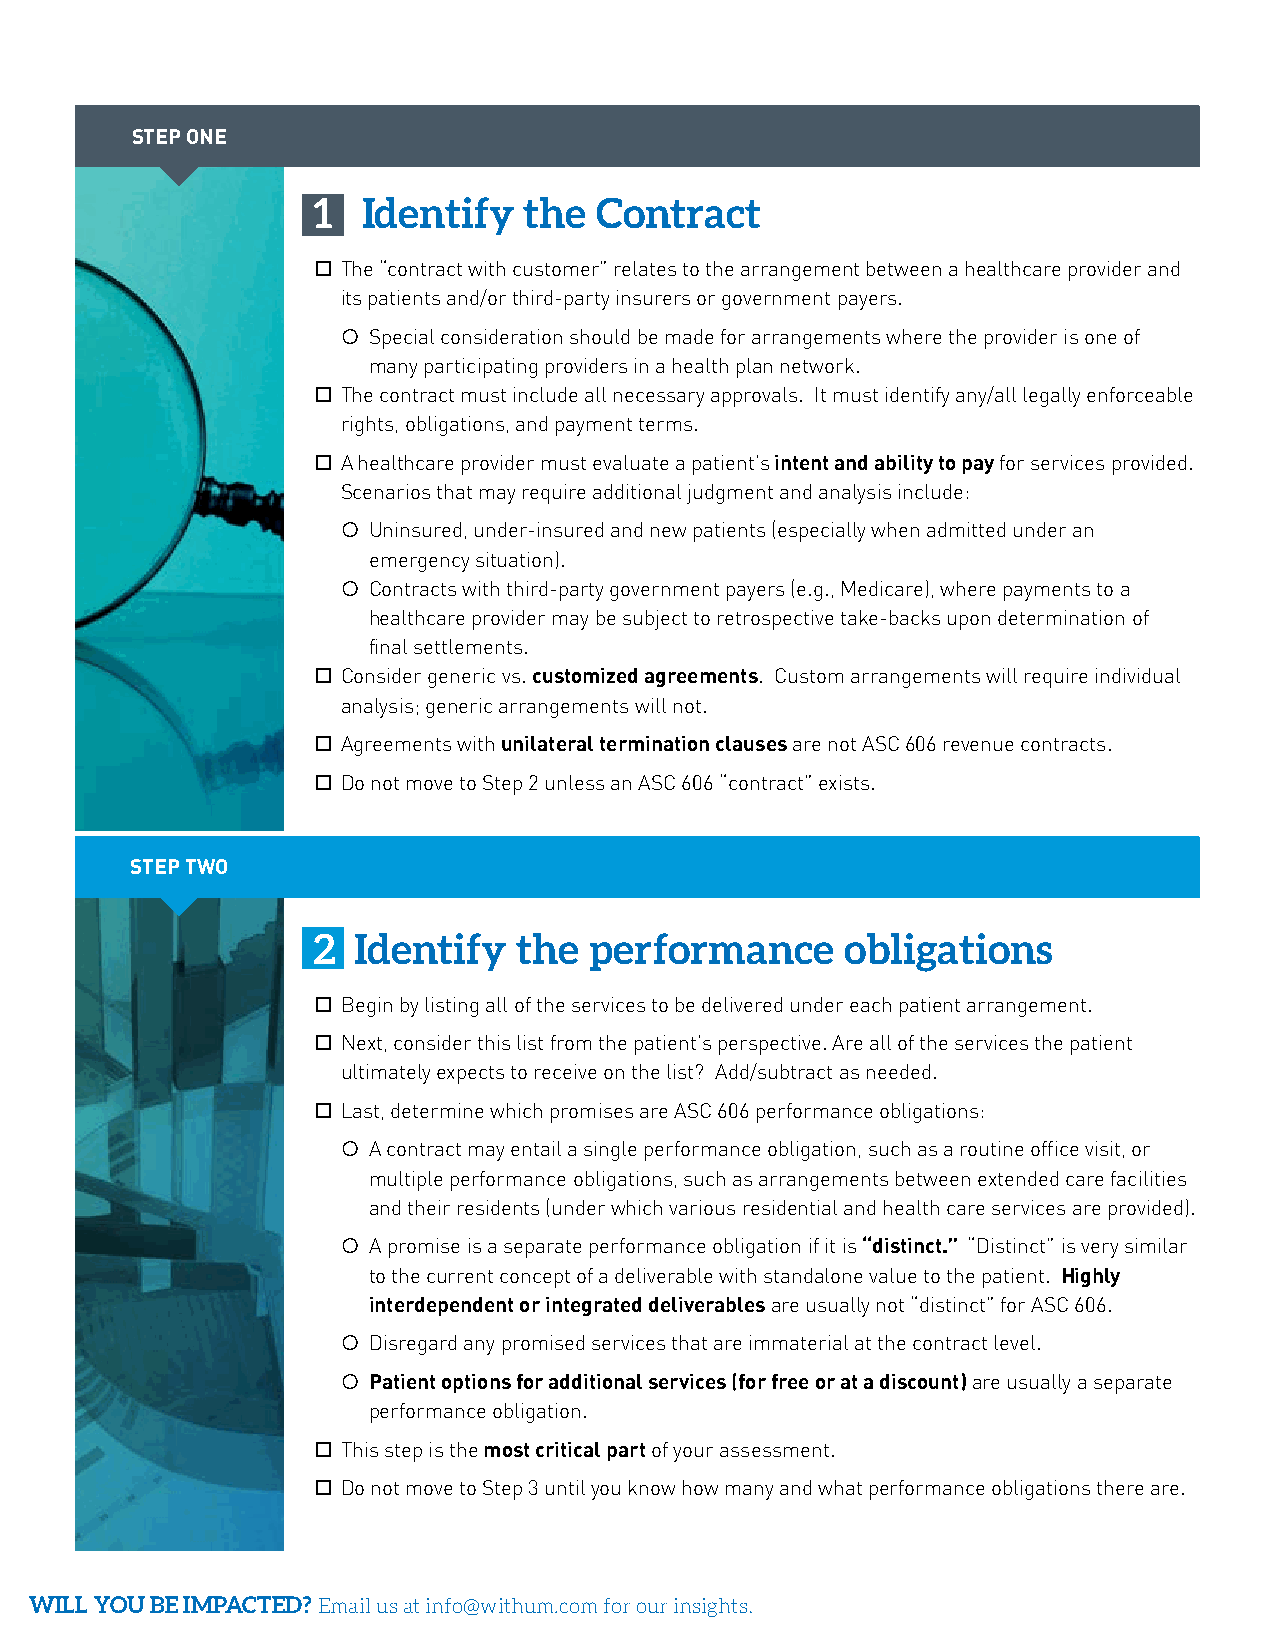
STEP ONE
 1  Identify   the  Contract
 □ The “contract with customer” relates to the arrangement between a healthcare provider and
 its patients and/or third-party insurers or government payers.
 ○ Special consideration should be made for arrangements where the provider is one of
 many participating providers in a health plan network.
 □ The contract must include all necessary approvals. It must identify any/all legally enforceable
 rights, obligations, and payment terms.
 □ A healthcare provider must evaluate a patient’s intent and ability to pay for services provided.
 Scenarios that may require additional judgment and analysis include:
 ○ Uninsured, under-insured and new patients (especially when admitted under an
 emergency situation).
 ○ Contracts with third-party government payers (e.g., Medicare), where payments to a
 healthcare provider may be subject to retrospective take-backs upon determination of
 final settlements.
 □ Consider generic vs. customized agreements. Custom arrangements will require individual
 analysis; generic arrangements will not.
 □ Agreements with unilateral termination clauses are not ASC 606 revenue contracts.
 □ Do not move to Step 2 unless an ASC 606 “contract” exists.
 STEP TWO
 2 Identify   the  performance      obligations
 □ Begin by listing all of the services to be delivered under each patient arrangement.
 □ Next, consider this list from the patient’s perspective. Are all of the services the patient
 ultimately expects to receive on the list? Add/subtract as needed.
 □ Last, determine which promises are ASC 606 performance obligations:
 ○ A contract may entail a single performance obligation, such as a routine office visit, or
 multiple performance obligations, such as arrangements between extended care facilities
 and their residents (under which various residential and health care services are provided).
 ○ A promise is a separate performance obligation if it is “distinct.” “Distinct” is very similar
 to the current concept of a deliverable with standalone value to the patient. Highly
 interdependent or integrated deliverables are usually not “distinct” for ASC 606.
 ○ Disregard any promised services that are immaterial at the contract level.
 ○ Patient options for additional services (for free or at a discount) are usually a separate
 performance obligation.
 □ This step is the most critical part of your assessment.
 □ Do not move to Step 3 until you know how many and what performance obligations there are.
 WILL YOU BE IMPACTED? Email us at info@withum.com for our insights.
 IDENTIFY
 THE
 CONTRACT
 IDENTIFY
 PERFORMANCE
 OBLIGATIONS
 DETERMINE
 TRANSACTION
 PRICE
 REVENUE
 RECOGNITION